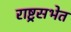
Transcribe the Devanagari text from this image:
राष्ट्रसभेत